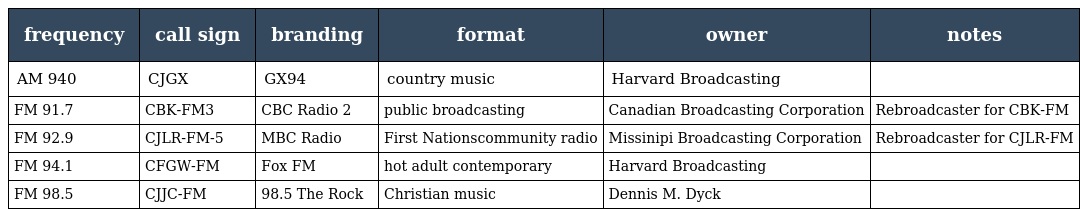
| frequency | call sign | branding | format | owner | notes |
 | --- | --- | --- | --- | --- | --- |
 | AM 940 | CJGX | GX94 | country music | Harvard Broadcasting |  |
 | FM 91.7 | CBK-FM3 | CBC Radio 2 | public broadcasting | Canadian Broadcasting Corporation | Rebroadcaster for CBK-FM |
 | FM 92.9 | CJLR-FM-5 | MBC Radio | First Nationscommunity radio | Missinipi Broadcasting Corporation | Rebroadcaster for CJLR-FM |
 | FM 94.1 | CFGW-FM | Fox FM | hot adult contemporary | Harvard Broadcasting |  |
 | FM 98.5 | CJJC-FM | 98.5 The Rock | Christian music | Dennis M. Dyck |  |